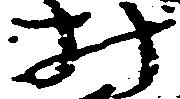
み